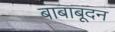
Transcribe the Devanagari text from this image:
बाबाबूदन